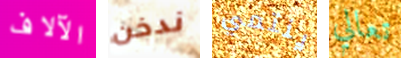
الآلاف ندخن ينتمي تعالي